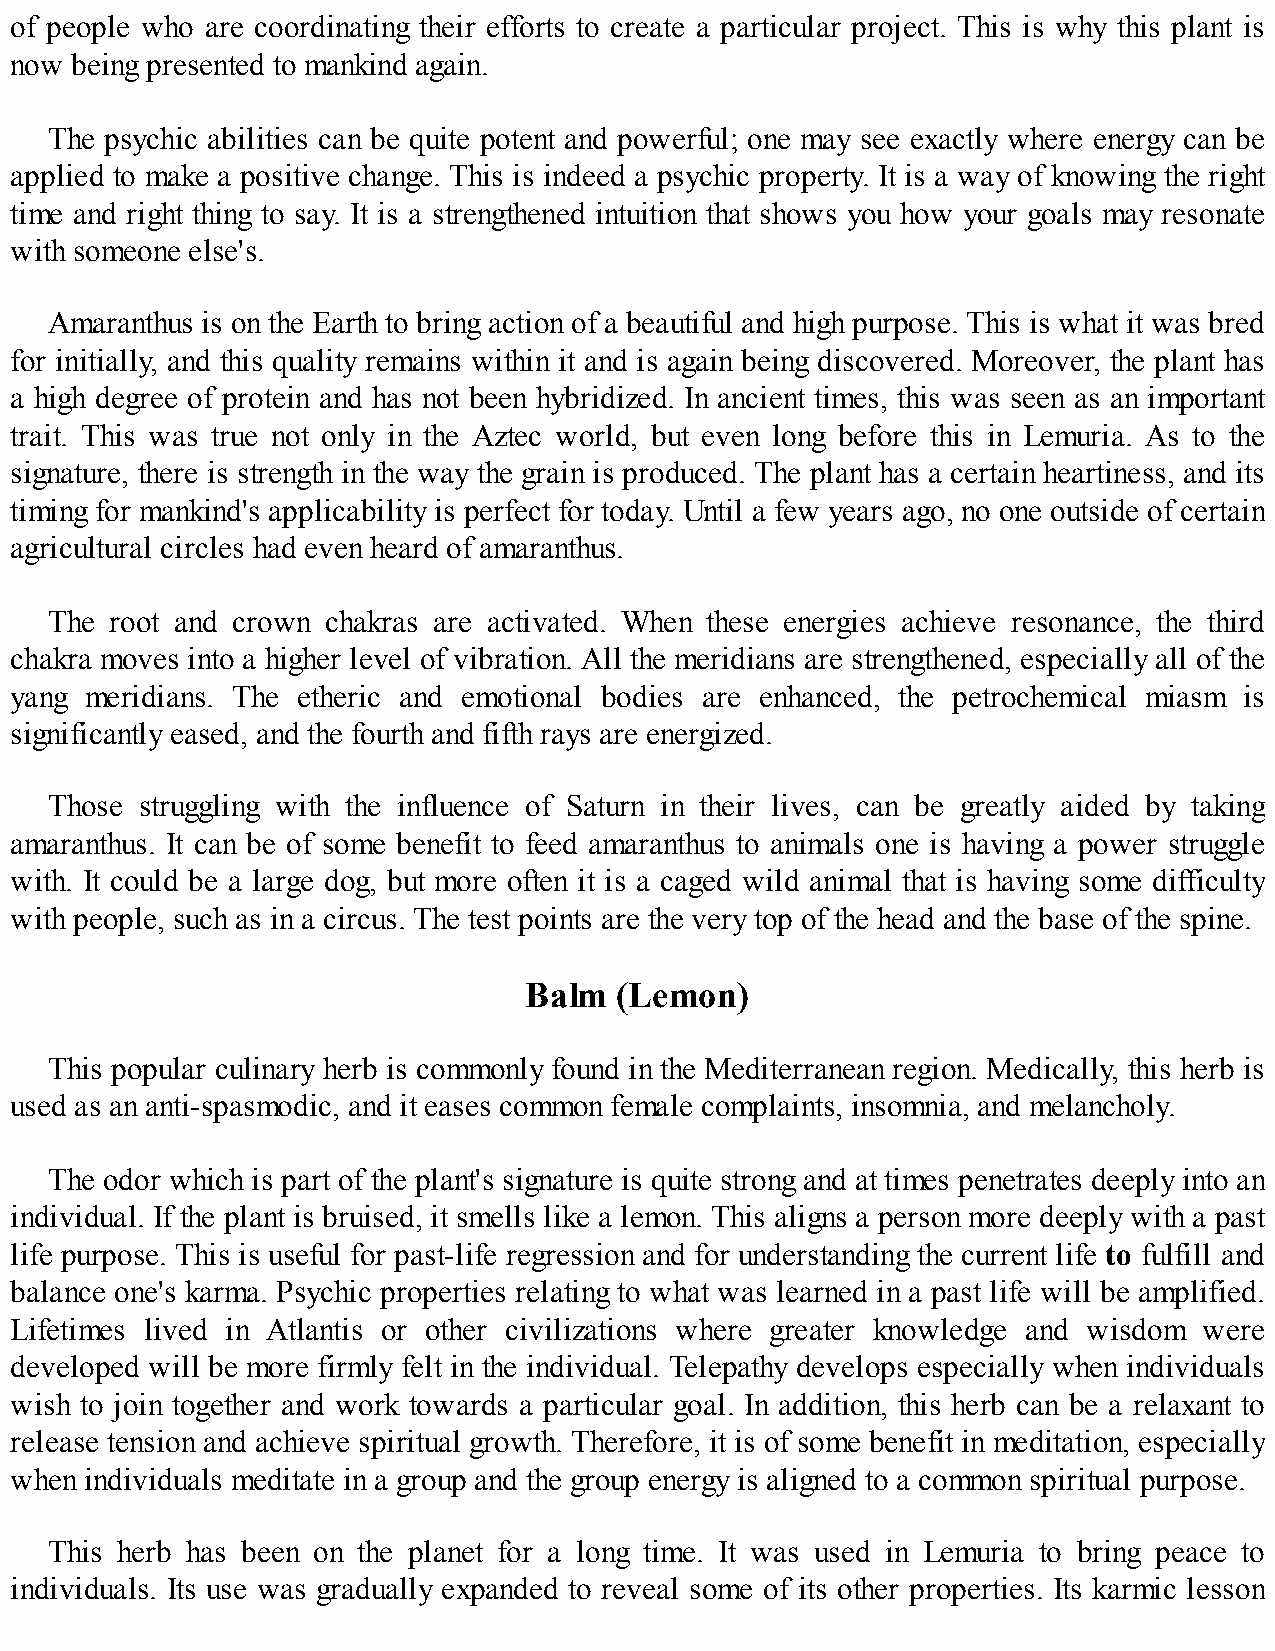
of people who are coordinating their efforts to create a particular project. This is why this plant is
 now being presented to mankind again.
 The psychic abilities can be quite potent and powerful; one may see exactly where energy can be
 applied to make a positive change. This is indeed a psychic property. It is a way of knowing the right
 time and right thing to say. It is a strengthened intuition that shows you how your goals may resonate
 with someone else's.
 Amaranthus is on the Earth to bring action of a beautiful and high purpose. This is what it was bred
 for initially, and this quality remains within it and is again being discovered. Moreover, the plant has
 a high degree of protein and has not been hybridized. In ancient times, this was seen as an important
 trait. This was true not only in the Aztec world, but even long before this in Lemuria. As to the
 signature, there is strength in the way the grain is produced. The plant has a certain heartiness, and its
 timing for mankind's applicability is perfect for today. Until a few years ago, no one outside of certain
 agricultural circles had even heard of amaranthus.
 The root and crown chakras are activated. When these energies achieve resonance, the third
 chakra moves into a higher level of vibration. All the meridians are strengthened, especially all of the
 yang meridians. The etheric and emotional bodies are enhanced, the petrochemical miasm is
 significantly eased, and the fourth and fifth rays are energized.
 Those struggling with the influence of Saturn in their lives, can be greatly aided by taking
 amaranthus. It can be of some benefit to feed amaranthus to animals one is having a power struggle
 with. It could be a large dog, but more often it is a caged wild animal that is having some difficulty
 with people, such as in a circus. The test points are the very top of the head and the base of the spine.
 Balm  (Lemon)
 This popular culinary herb is commonly found in the Mediterranean region. Medically, this herb is
 used as an anti-spasmodic, and it eases common female complaints, insomnia, and melancholy.
 The odor which is part of the plant's signature is quite strong and at times penetrates deeply into an
 individual. If the plant is bruised, it smells like a lemon. This aligns a person more deeply with a past
 life purpose. This is useful for past-life regression and for understanding the current life to fulfill and
 balance one's karma. Psychic properties relating to what was learned in a past life will be amplified.
 Lifetimes lived in Atlantis or other civilizations where greater knowledge and wisdom were
 developed will be more firmly felt in the individual. Telepathy develops especially when individuals
 wish to join together and work towards a particular goal. In addition, this herb can be a relaxant to
 release tension and achieve spiritual growth. Therefore, it is of some benefit in meditation, especially
 when individuals meditate in a group and the group energy is aligned to a common spiritual purpose.
 This herb has been on the planet for a long time. It was used in Lemuria to bring peace to
 individuals. Its use was gradually expanded to reveal some of its other properties. Its karmic lesson